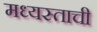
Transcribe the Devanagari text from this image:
मध्यस्ताची